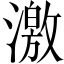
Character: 激